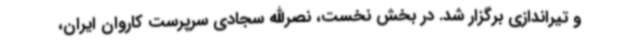
و تیراندازی برگزار شد. در بخش نخست، نصرالله سجادی سرپرست کاروان ایران،